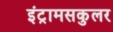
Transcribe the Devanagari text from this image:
इंट्रामसकुलर